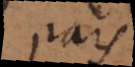
pars